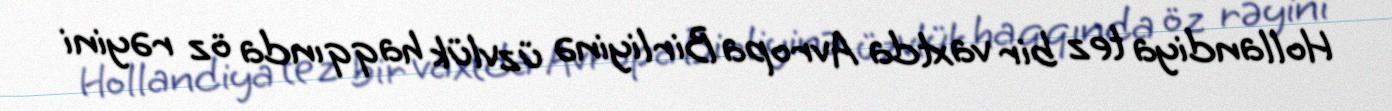
Hollandiya tez bir vaxtda Avropa Birliyinə üzvlük haqqında öz rəyini